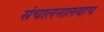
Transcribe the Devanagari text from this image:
संचालनालयाच